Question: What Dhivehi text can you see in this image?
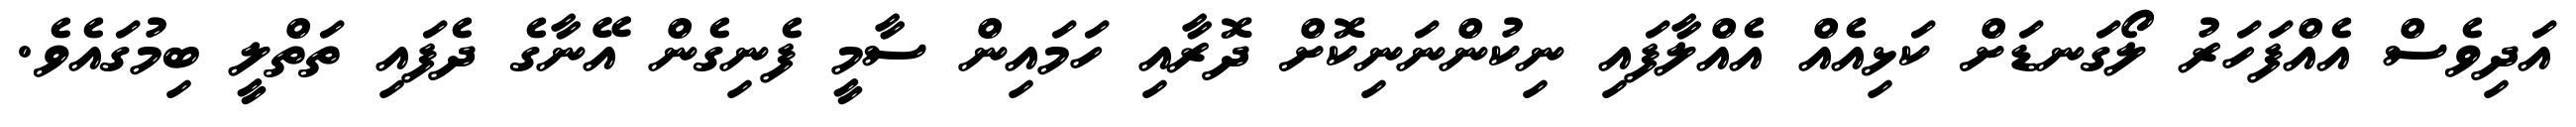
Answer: އަދިވެސް އެއްފަހަރު ލޯގަނޑަށް ކަޅިއެއް އެއްލާފައި ނިކުންނަނިކޮށް ދޮރާއި ހަމައިން ސާމީ ފެނިގެން އޭނާގެ ދެފައި ތަތްލީ ބިމުގައެވެ.